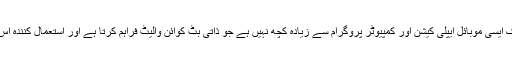
ایک استعمال کنندہ کے نقطۂ نظر سے بِٹ کوائن ایک ایسی موبائل ایپلی کیشن اور کمپیوٹر پروگرام سے زیادہ کچھ نہیں ہے جو ذاتی بِٹ کوائن والیٹ فراہم کرتا ہے اور استعمال کنندہ اس کے ذریعے بٹ کوائن بھیجتا اور وصول کرتا ہے۔